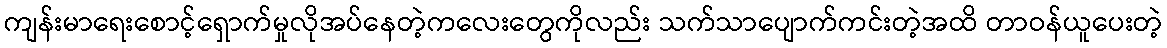
ကျန်းမာရေးစောင့်ရှောက်မှုလိုအပ်နေတဲ့ကလေးတွေကိုလည်း သက်သာပျောက်ကင်းတဲ့အထိ တာဝန်ယူပေးတဲ့